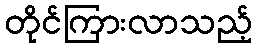
တိုင်ကြားလာသည့်